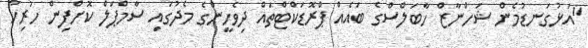
"އަޅުގަނޑުމެން ޝަހްނާޒް ހާބަލްސްގެ ބައެއް ޕްރޮޑަކްޓްތައް ދިވެހީންގެ މެދުގައި ސާމްޕަލް ކޮށްފިން ހުރިހާ